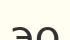
эо